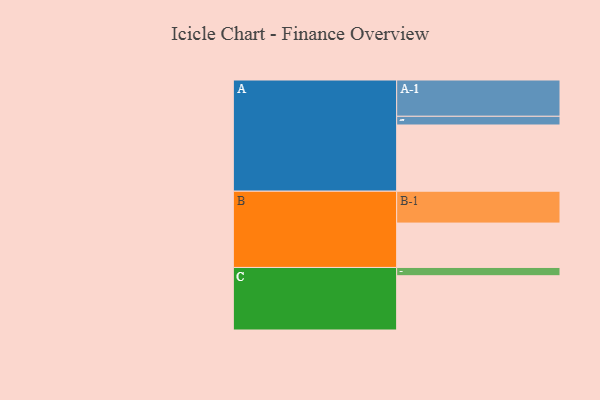
{"axis": {"x": "Segment", "y": "Value"}, "legend": ["", "A", "B", "C"], "data": [{"x": "A", "y": 449, "type": ""}, {"x": "B", "y": 301, "type": ""}, {"x": "C", "y": 368, "type": ""}, {"x": "A-1", "y": 246, "type": "A"}, {"x": "A-2", "y": 59, "type": "A"}, {"x": "B-1", "y": 216, "type": "B"}, {"x": "C-1", "y": 56, "type": "C"}]}